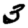
Digit: 3